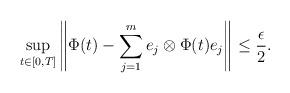
LaTeX: \begin{align*} \sup\limits_{t\in[0,T]} \left\|\Phi(t)-\sum_{j=1}^{m}e_j \otimes \Phi(t)e_j \right\|_{} \le \frac{\epsilon}{2}. \end{align*}